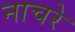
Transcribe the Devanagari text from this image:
नाचरे